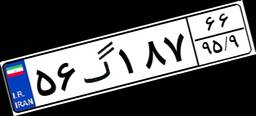
۵۶گ۱۸۷۶۶